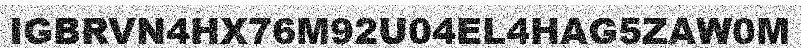
IGBRVN4HX76M92U04EL4HAG5ZAW0M